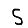
Digit: 5